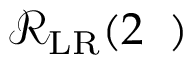
\mathcal { R } _ { \mathrm { L R } } ( 2 { \it \Delta \phi } )